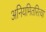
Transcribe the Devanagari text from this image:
अनियमितरित्या